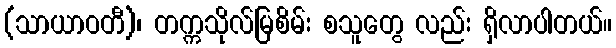
(သာယာဝတီ)၊ တက္ကသိုလ်မြစိမ်း စသူတွေ လည်း ရှိလာပါတယ်။